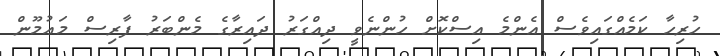
ހުރިހާ ކަމެއްގައިވެސް އެންމެ އިސްކޮށް ހުންނެވީ ދިއްގަރު ދައިރާގެ މެންބަރު ފާރިސް މަޢުމޫން